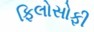
ફિલોસોફી